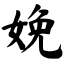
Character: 娩